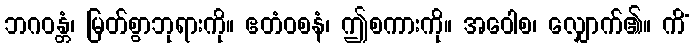
ဘဂဝန္တံ၊ မြတ်စွာဘုရားကို။ ဧတံဝစနံ၊ ဤစကားကို။ အဝေါစ၊ လျှောက်၏။ ကိံ